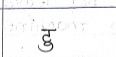
मजकूर: टु